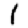
Digit: 1